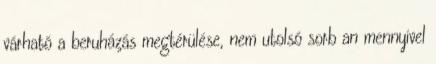
várható a beruházás megtérülése, nem utolsó sorb an mennyivel